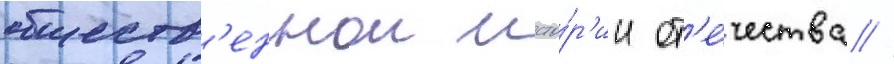
обществ'еннои исто́р'ии от'е́чества //